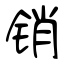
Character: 销